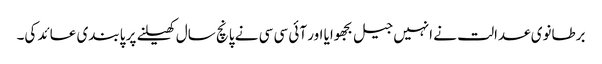
برطانوی عدالت نے انہیں جیل بجھوایا اور آئی سی سی نے پانچ سال کھیلنے پر پابندی عائد کی۔